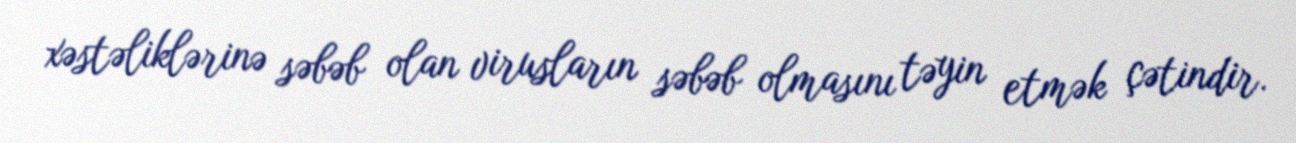
xəstəliklərinə səbəb olan virusların səbəb olmasını təyin etmək çətindir.